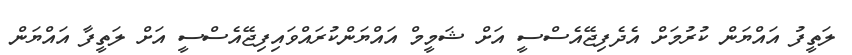
ލަތީފު އައްޔަން ކުރުމަށް އެދެފިޖޭއެސްސީ އަށް ޝަމީމް އައްޔަންކުރައްވައިފިޖޭއެސްސީ އަށް ލަތީފާ އައްޔަން